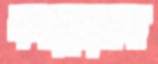
কমানোসহ